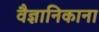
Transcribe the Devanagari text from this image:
वैज्ञानिकाना